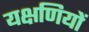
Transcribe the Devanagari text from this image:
यक्षणियों